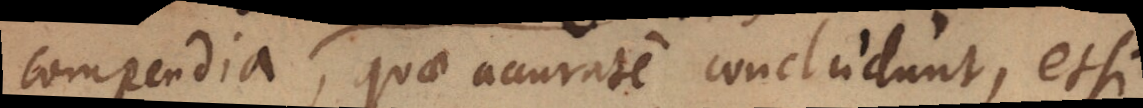
compendia, quae accurate concludunt, etsi